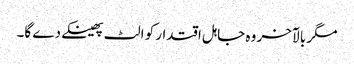
مگر بالآخر وہ جاہل اقتدار کو الٹ پھینکےدے گا۔